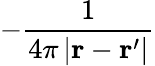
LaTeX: -{\frac{1}{4\pi\left|\mathbf{r}-\mathbf{r}^{\prime}\right|}}